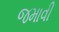
જમાવી